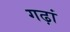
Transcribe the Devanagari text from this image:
गढ़ां